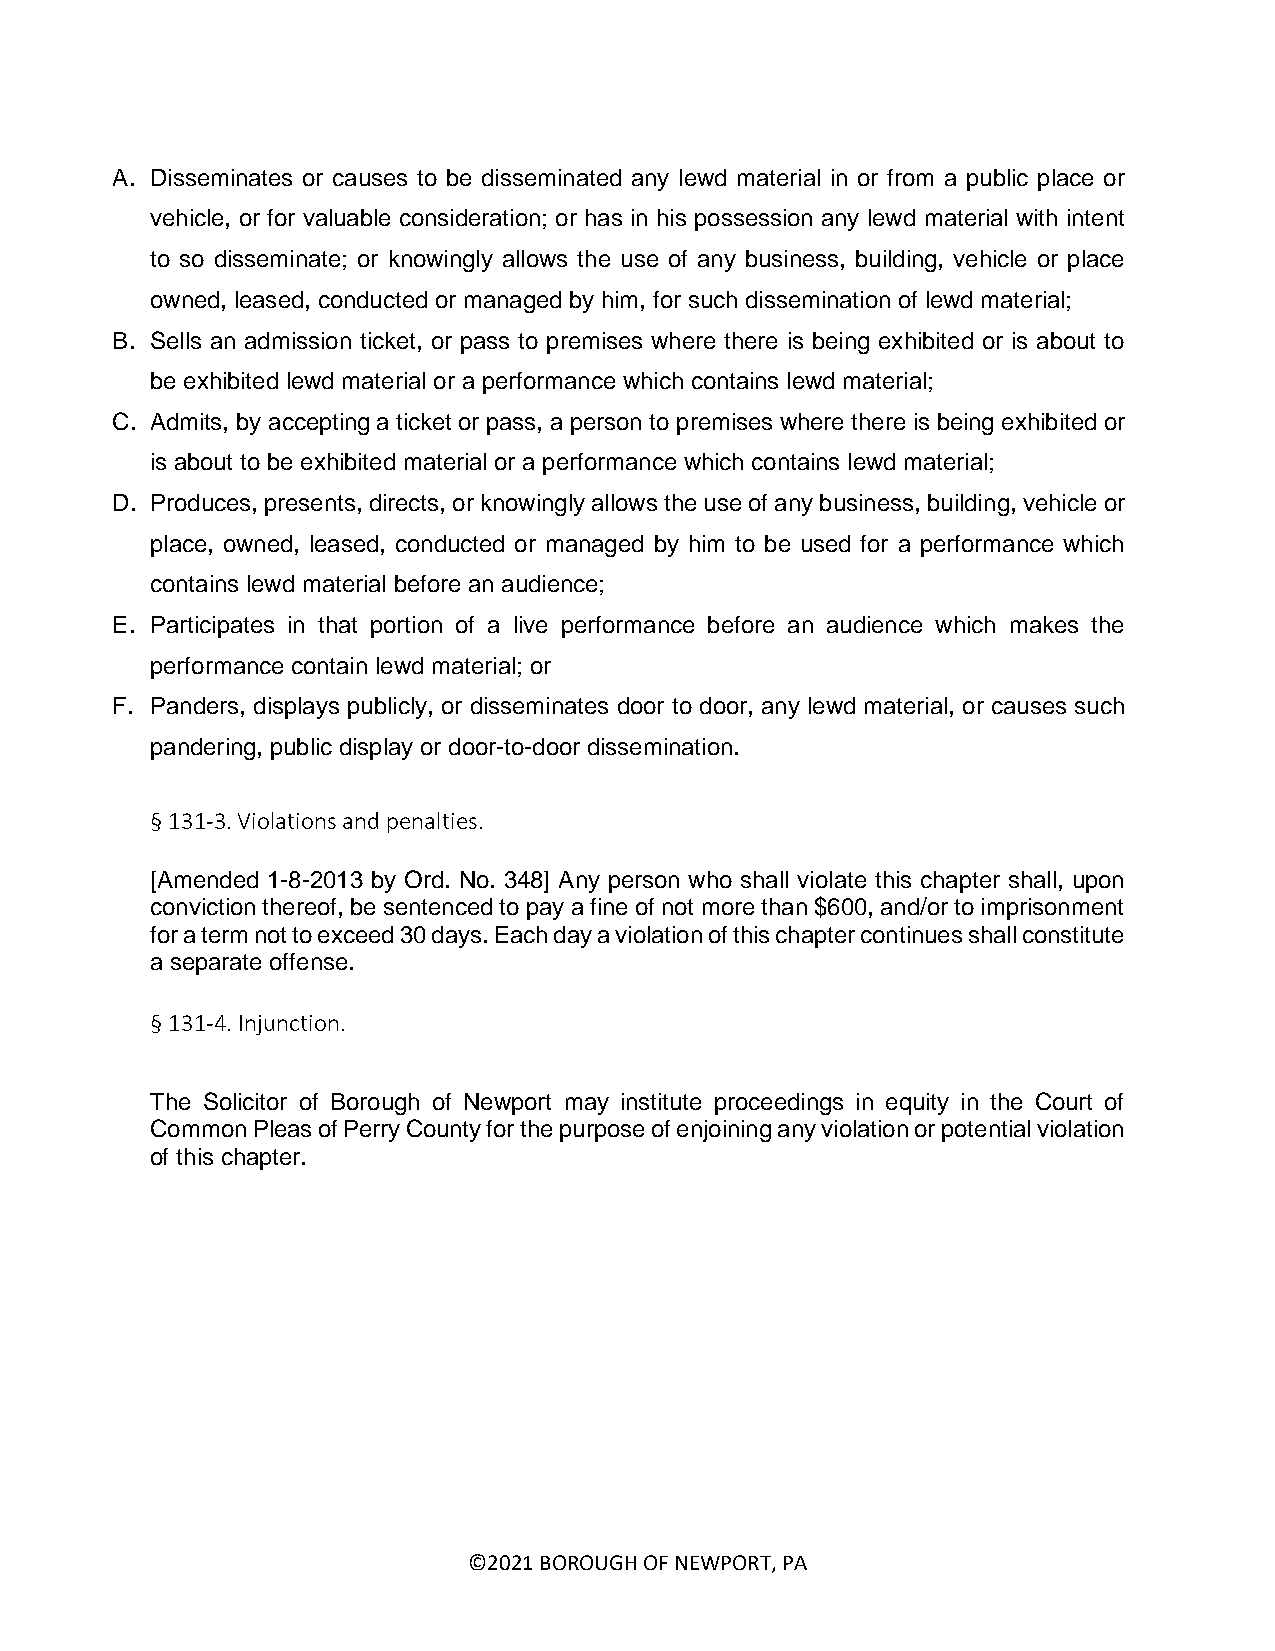
A. Disseminates or causes to be disseminated any lewd material in or from a public place or
 vehicle, or for valuable consideration; or has in his possession any lewd material with intent
 to so disseminate; or knowingly allows the use of any business, building, vehicle or place
 owned, leased, conducted or managed by him, for such dissemination of lewd material;
 B. Sells an admission ticket, or pass to premises where there is being exhibited or is about to
 be exhibited lewd material or a performance which contains lewd material;
 C. Admits, by accepting a ticket or pass, a person to premises where there is being exhibited or
 is about to be exhibited material or a performance which contains lewd material;
 D. Produces, presents, directs, or knowingly allows the use of any business, building, vehicle or
 place, owned, leased, conducted or managed by him to be used for a performance which
 contains lewd material before an audience;
 E. Participates in that portion of a live performance before an audience which makes the
 performance contain lewd material; or
 F. Panders, displays publicly, or disseminates door to door, any lewd material, or causes such
 pandering, public display or door-to-door dissemination.
 § 131-3. Violations and penalties.
 [Amended 1-8-2013 by Ord. No. 348] Any person who shall violate this chapter shall, upon
 conviction thereof, be sentenced to pay a fine of not more than $600, and/or to imprisonment
 for a term not to exceed 30 days. Each day a violation of this chapter continues shall constitute
 a separate offense.
 § 131-4. Injunction.
 The Solicitor of Borough of Newport may institute proceedings in equity in the Court of
 Common Pleas of Perry County for the purpose of enjoining any violation or potential violation
 of this chapter.
 ©2021 BOROUGH OF NEWPORT, PA